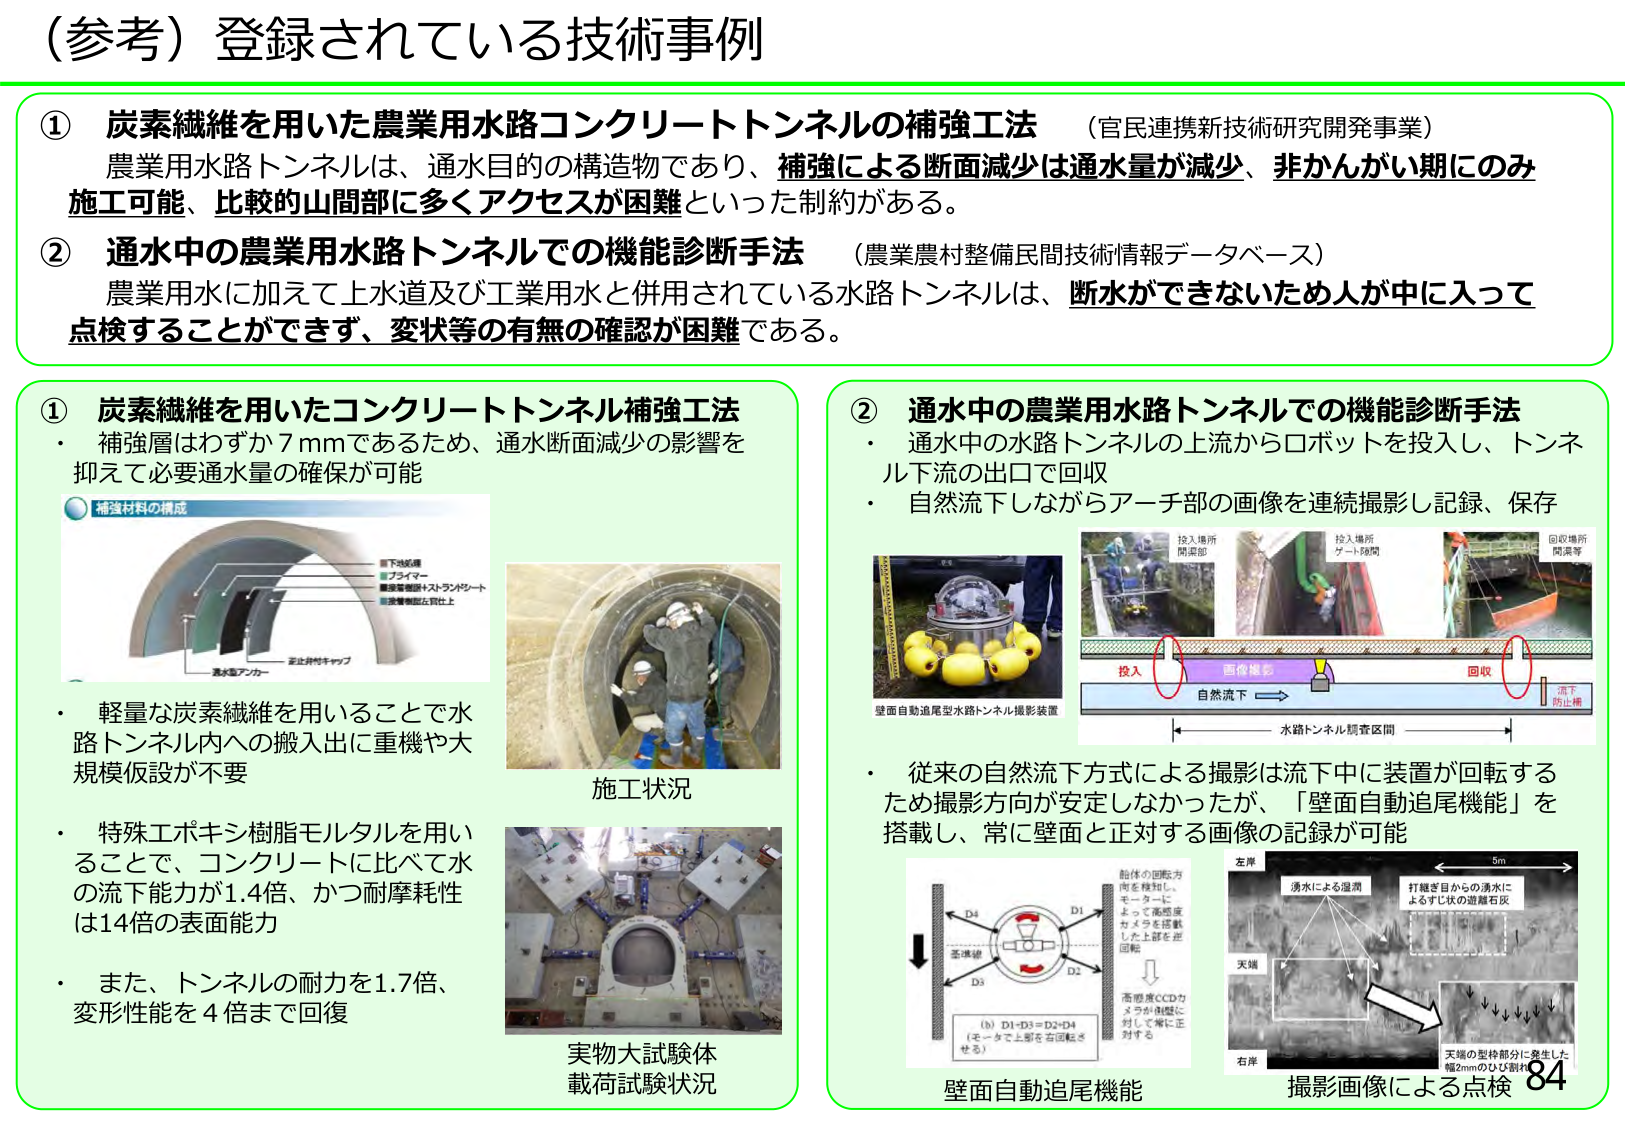
（参考）登録されている技術事例

① 炭素繊維を用いた農業用水路コンクリートトンネルの補強工法 （官民連携新技術研究開発事業）
農業用水路トンネルは、通水目的の構造物であり、補強による断面減少は通水量が減少、非かんがい期にのみ施工可能、比較的山間部に多くアクセスが困難といった制約がある。

② 通水中の農業用水路トンネルでの機能診断手法 （農業農村整備民間技術情報データベース）
農業用水に加えて上水道及び工業用水と併用されている水路トンネルは、断水ができないため人が中に入って点検することができず、変状等の有無の確認が困難である。

① 炭素繊維を用いたコンクリートトンネル補強工法
・ 補強層はわずか7mmであるため、通水断面減少の影響を抑えて必要通水量の確保が可能

補強材料の構成
・ 軽量な炭素繊維を用いることで水路トンネル内への搬入出に重機や大規模仮設が不要
・ 特殊エポキシ樹脂モルタルを用いることで、コンクリートに比べて水の流下能力が1.4倍、かつ耐摩耗性は14倍の表面能力
・ また、トンネルの耐力を1.7倍、変形性能を4倍まで回復

施工状況

実物大試験体
載荷試験状況

② 通水中の農業用水路トンネルでの機能診断手法
・ 通水中の水路トンネルの上流からロボットを投入し、トンネル下流の出口で回収
・ 自然流下しながらアーチ部の画像を連続撮影し記録、保存

壁面自動追尾型水路トンネル撮影装置

投入場所
開渠部

投入場所
ゲート段間

回収場所
開渠等

投入
画像撮影
回収
自然流下
水路トンネル調査区間
流下
防止柵

・ 従来の自然流下方式による撮影は流下中に装置が回転するため撮影方向が安定しなかったが、「壁面自動追尾機能」を搭載し、常に壁面と正対する画像の記録が可能

船体の回転方向を検知し、モーターによって高感度カメラを搭載した上部を逆回転

高感度CCDカメラが船体に対して常に正対する

(b) D1=D3=D2=D4
（モーターで上部を右回転させる）

壁面自動追尾機能

左岸
湧水による湿潤
打継ぎ目からの湧水によるすり状の遊離石灰

天端
右岸

5m

天端の型枠部分に発生した幅2mmのひび割れ

撮影画像による点検

84